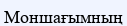
Моншағымның